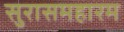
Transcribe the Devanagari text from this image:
सुरासमहारम